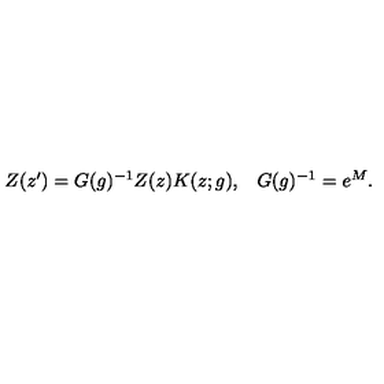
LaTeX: \begin{array} { c c } { Z ( z ^ { \prime } ) = G ( g ) ^ { - 1 } Z ( z ) K ( z ; g ) , } & { G ( g ) ^ { - 1 } = e ^ { M } . } \\ \end{array}